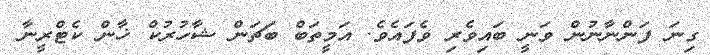
ގިނަ ފަންނާނުން ވަނީ ބައިވެރި ވެފައެވެ. އަމީތަބް ބަޗަން ޝާހުރުކް ޚާން ކެޓްރީނާ